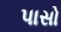
પાસો